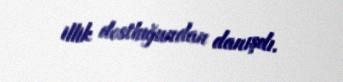
illik dostluğundan danışdı.